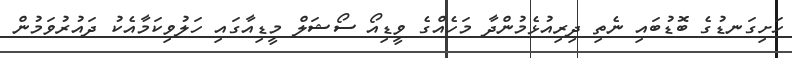
ހަށިގަނޑުގެ ބޮޑުބައި ނެތި ދިރިއުޅެމުންދާ މަހެއްގެ ވީޑިއޯ ސޯޝަލް މީޑިއާގައި ހަލުވިކަމާއެކު ދައުރުވަމުން